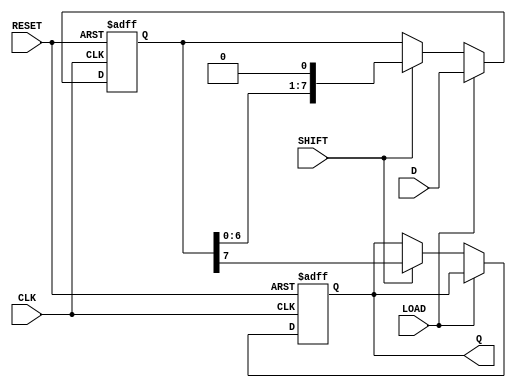
module PISO_8bit (
    input wire [7:0] D,     // 8-bit parallel data input
    input wire LOAD,        // Control signal for parallel load
    input wire SHIFT,       // Control signal for serial shift
    input wire CLK,         // Clock signal
    input wire RESET,       // Asynchronous reset signal
    output reg Q           // Serial output
);

    reg [7:0] shift_reg;    // Internal shift register for data storage

    always @(posedge CLK or posedge RESET) begin
        if (RESET) begin
            // Asynchronous reset
            shift_reg <= 8'b0; // Clear shift register
            Q <= 1'b0;         // Clear output
        end else begin
            if (LOAD) begin
                // Load data in parallel
                shift_reg <= D; // Load input data into shift register
            end else if (SHIFT) begin
                // Shift data out serially
                Q <= shift_reg[7]; // Output MSB to Q
                shift_reg <= {shift_reg[6:0], 1'b0}; // Shift left and fill LSB with 0
            end
            // If neither LOAD nor SHIFT, maintain current state
        end
    end
    
endmodule